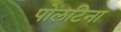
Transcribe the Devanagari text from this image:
पोलटिना